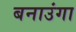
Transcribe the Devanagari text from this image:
बनाउंगा